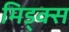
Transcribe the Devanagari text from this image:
मिड्क्स